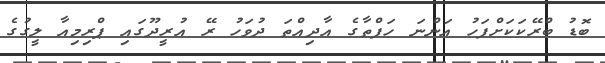
ބޮޑު ބްރޭކަކަށްފަހު އަންނަ ހަފްތާގެ އާދިއްތަ ދުވަހު ރޭ އުރީދޫގައި ޕްރިމިއާ ލީގުގެ